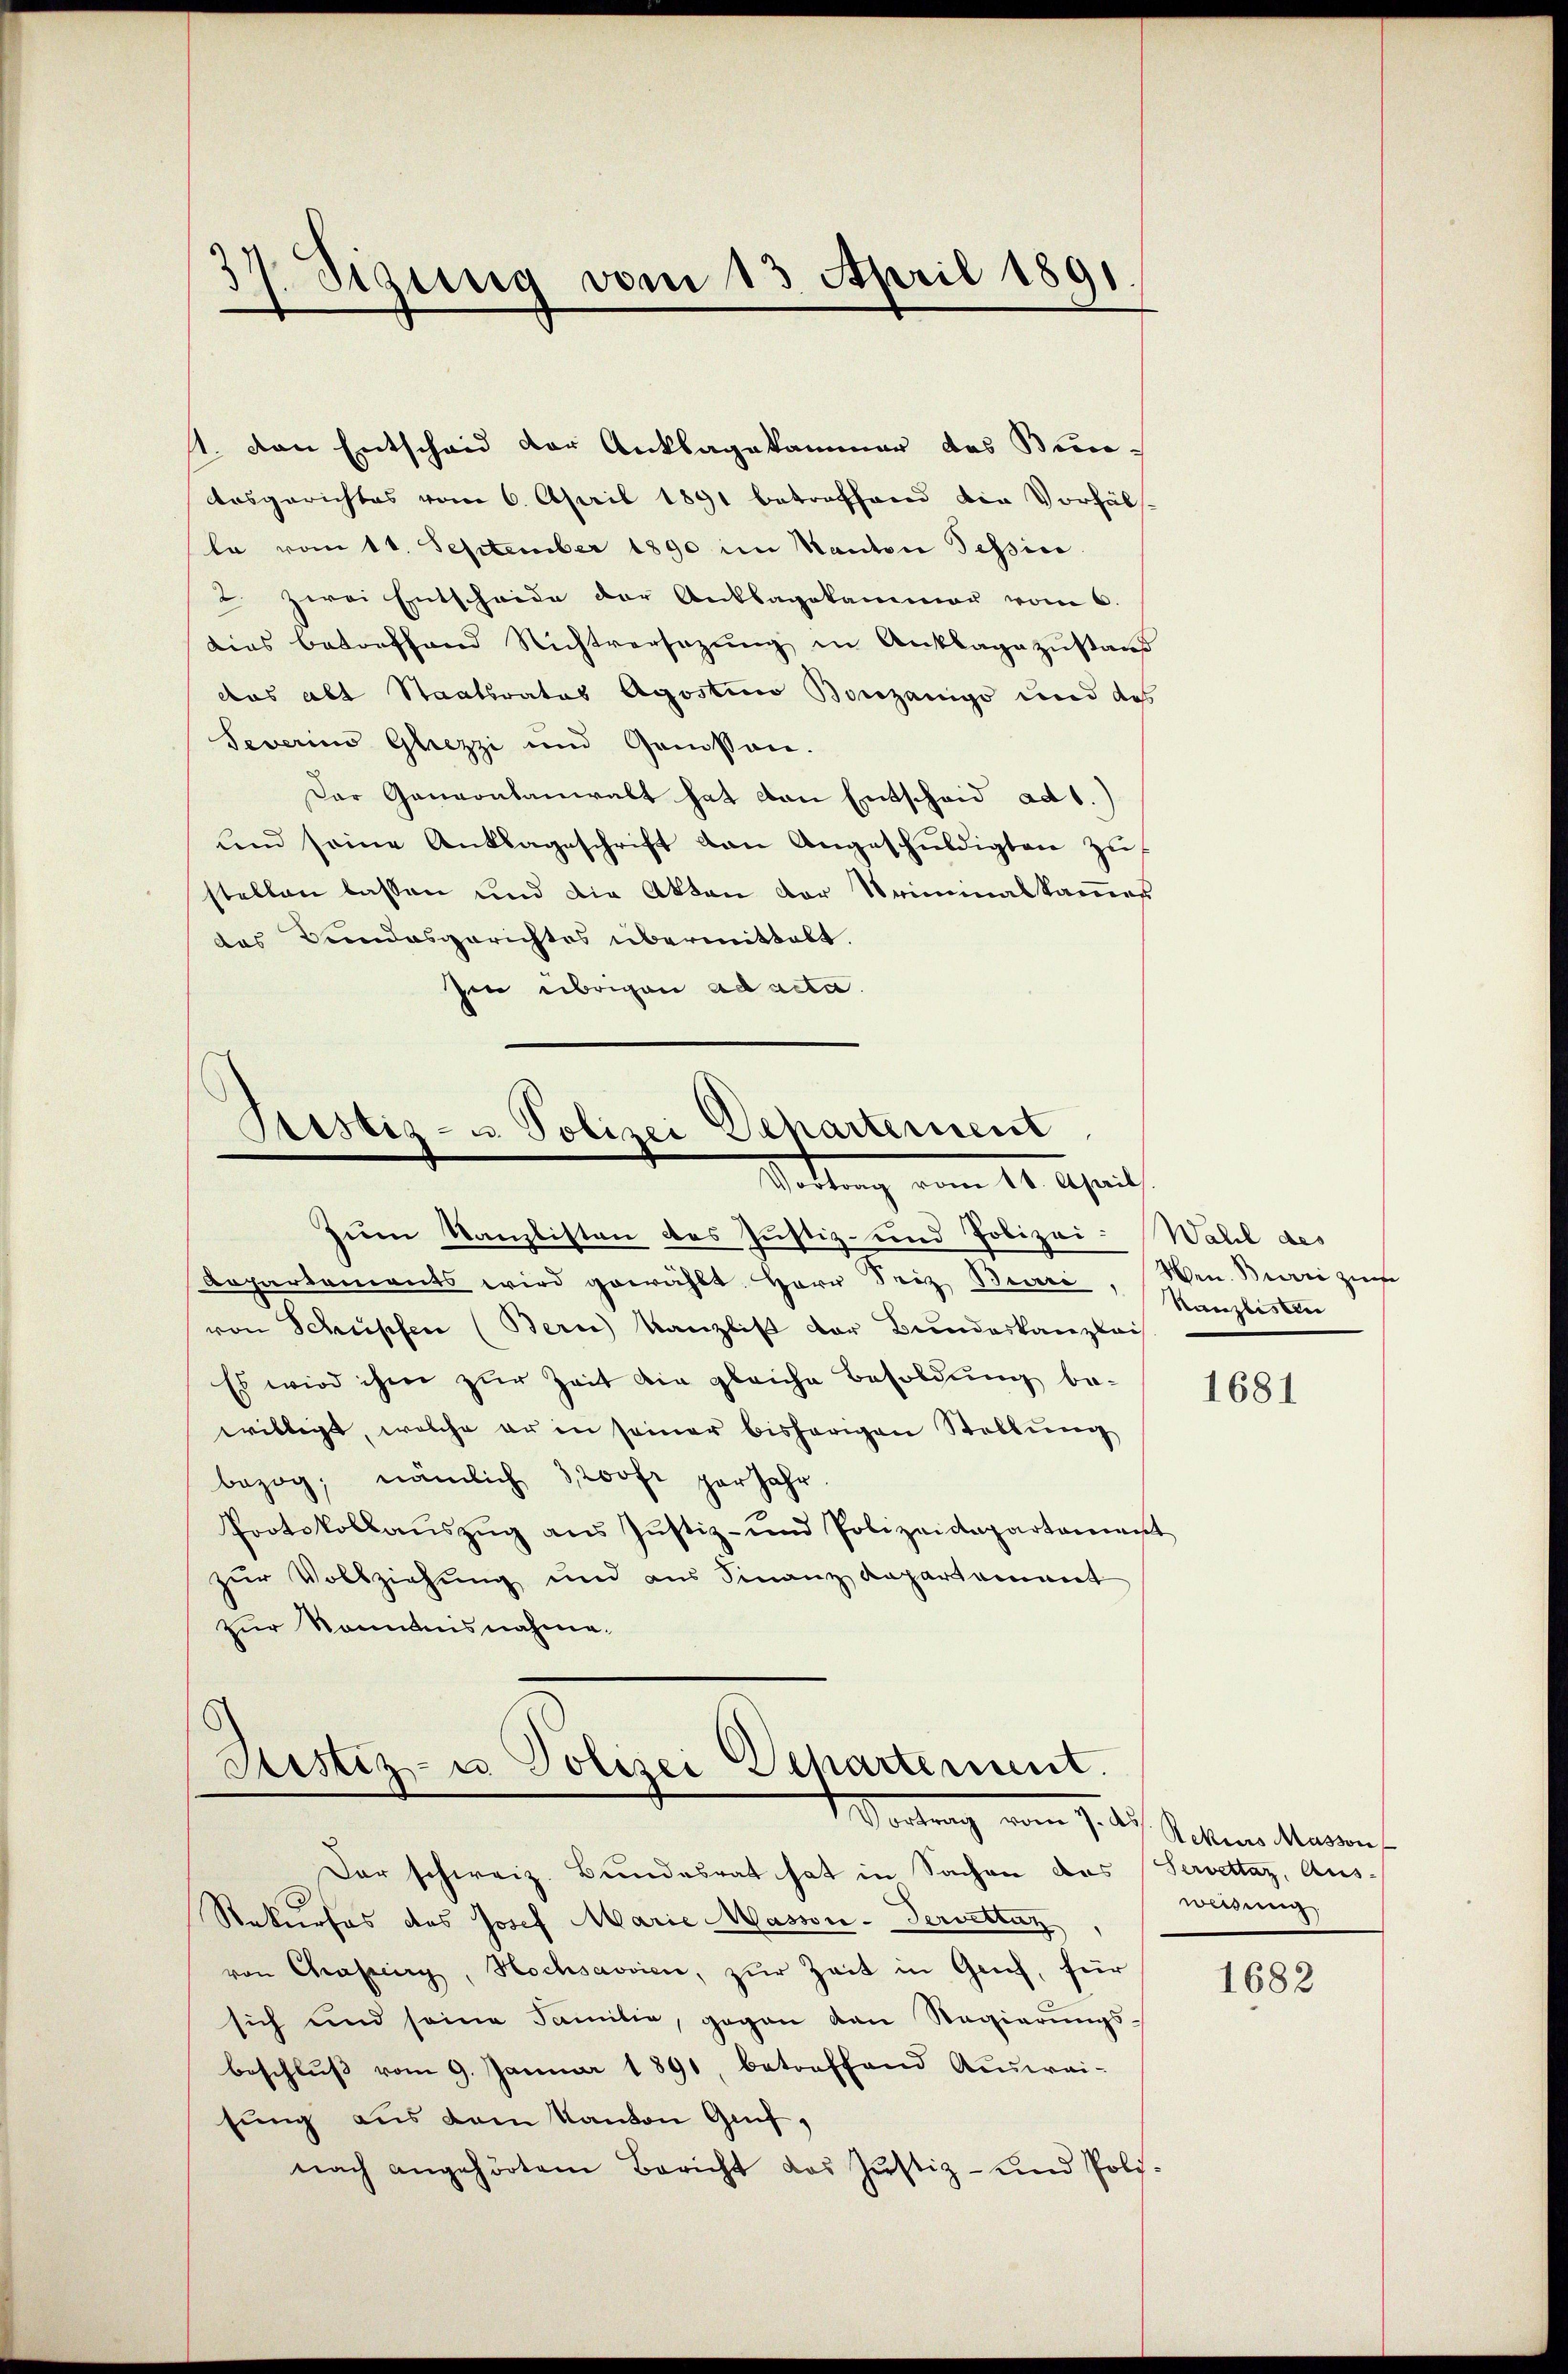
37. Sizung vom 13. April 1891

st. den Entscheid der Anklagekammer das Bun¬
Ausgerichtes vom 6. April 1891 betreffend den Vorfäls-
la vom 11. September 1890 im Kanton Tessin
u zwei Entscheide der Anklagskammer vom 6.
dies betreffend Richtversezung in Anklage zŭstand
das abt Staatsrates Agostino Bonzanigo und des
Severins Gliezzi und Genossen.
Der Geneontanwalt hat von Entscheid ad 1.)
und seine Anklageschrift von Angeschuldigten zu
stellen lassen und die Akten der Kriminalkammes
des Bundesgerichtes übermittelt.
Ien übrigen ad acta

Stistiz- u. Polizei Decharternent
Stattung vom 14. April

Zum Kanzlisten des Justiz- und Polizei-Wahl des
Repartements wird gewählt. Herr Seiz Bewere. Wenn Birri zum
von Schupfen (Bern Kanzlist der Bundeskanzlei
Es wird ihm zur Zeit die gleiche Besoldung be-
willigt, welche er in seiner bisherigen Stellung
bezog; nämlich 3 200fr par jahr.
Pootskollaŭszŭg ans Justiz- und Polizeidepartament
zur Vollziehung und aus Sinanz Repartement
zur Kenntnisnahme.

Sistiz- u Polizei Departement.
1 Vortrag vom 7. d. Gotten Magen

Dar schweiz. Bundesrat hat in Sachen des (Servettaz, Aus¬
Rekurses des Josef Marie Massen-Pervettaz
von Chaperg, Hochsavvien, zŭr Zeit in Gech, für
sich und seine Familie, gegen den Regierungsbeschlŭβ vom 9. Januar 1891 betreffend Auswai-
sung aus vom Kanton Genf,
nach angehörtem Bericht das Justiz- und Poli-

Kanzlistrei

1681

weisung

1682